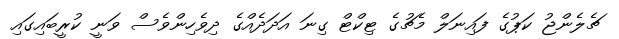
ޗެލެންޖު ކަޕުގެ ފައިނަލް މެޗުގެ ޓިކްޓް ގިނަ އަދަދެއްގެ ދިވެހިންވެސް ވަނީ ކުރީބައިގައި